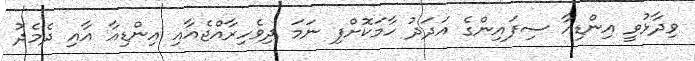
ވިދާޅުވީ އިންޑިއާ ސިފައިންގެ އަދަދު ހާމަކޮށްފި ނަމަ ދިވެހިރާއްޖެއާއި އިންޑިއާ އާއި ދެމެދު